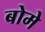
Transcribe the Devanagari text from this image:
बोमे